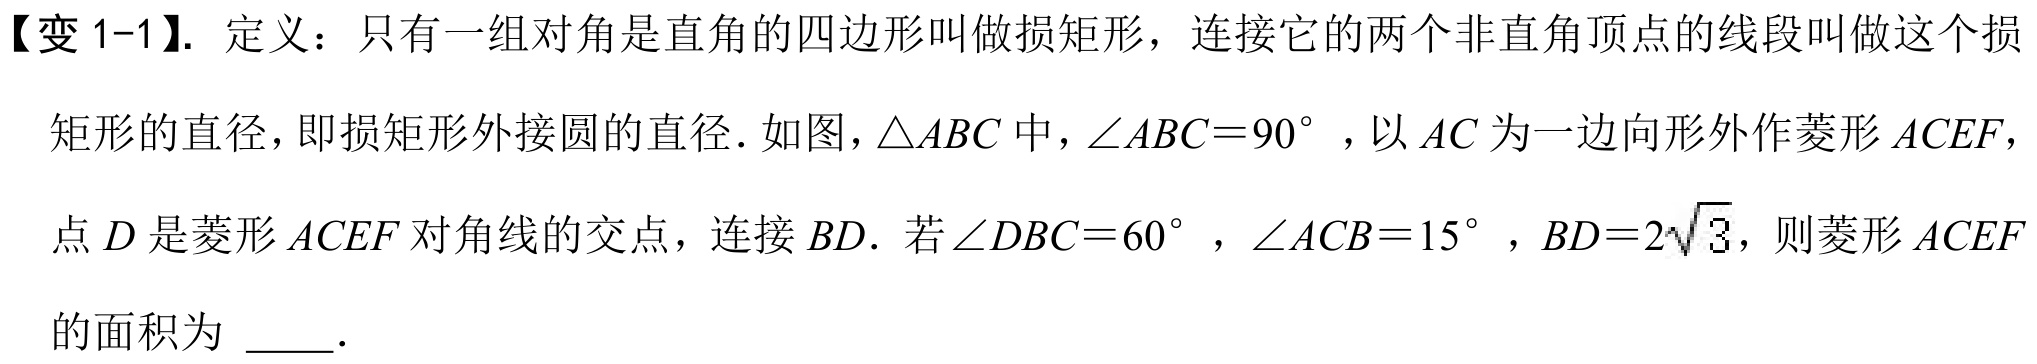
【变 1-1】. 定义：只有一组对角是直角的四边形叫做损矩形，连接它的两个非直角顶点的线段叫做这个损
矩形的直径，即损矩形外接圆的直径．如图，\(\triangle ABC\)中，\(\angle ABC = 90^{\circ}\)，以 \(AC\) 为一边向形外作菱形 \(ACEF\)，
点 \(D\) 是菱形 \(ACEF\) 对角线的交点，连接 \(BD\). 若\(\angle DBC = 60^{\circ}\)，\(\angle ACB = 15^{\circ}\)，\(BD = 2\sqrt{3}\)，则菱形 \(ACEF\)
的面积为 \(\underline{\quad\quad}\).